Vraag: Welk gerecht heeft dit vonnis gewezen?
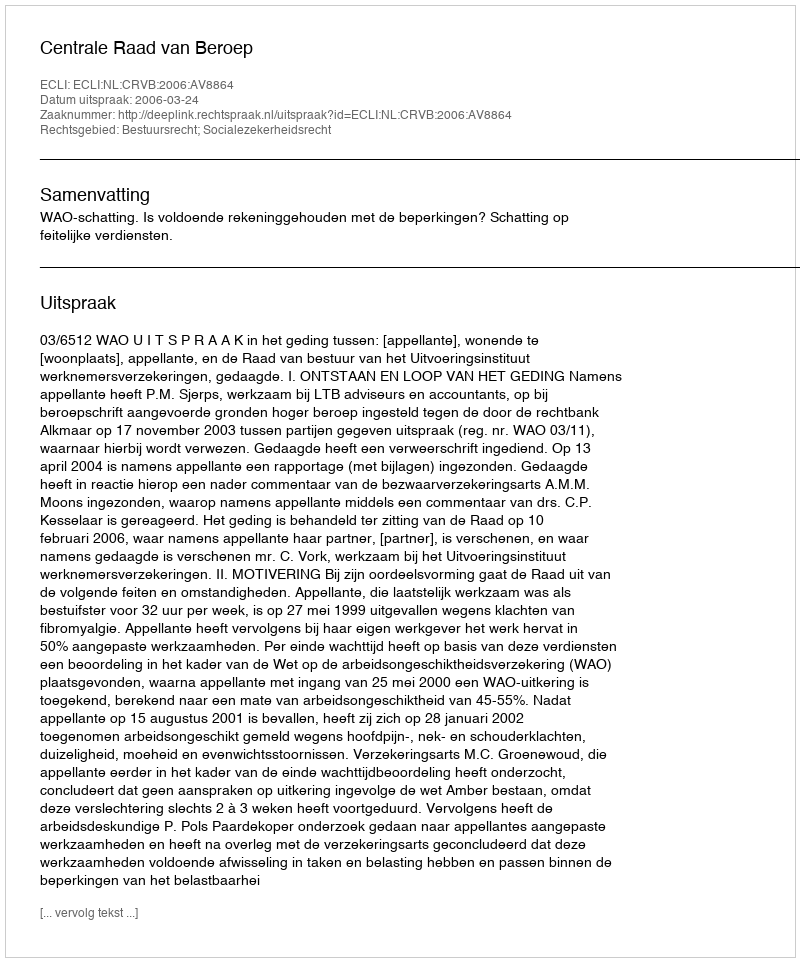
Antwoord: Centrale Raad van Beroep